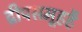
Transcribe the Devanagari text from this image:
द्वीपसमूहहै